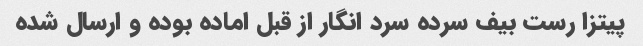
پیتزا رست بیف سرده سرد انگار از قبل اماده بوده و ارسال شده